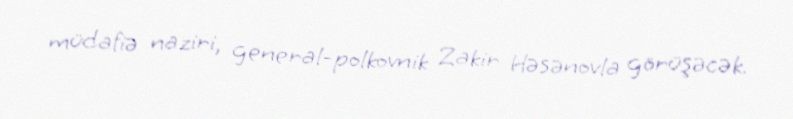
müdafiə naziri, general-polkovnik Zakir Həsənovla görüşəcək.